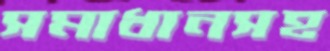
সমাধানসহ